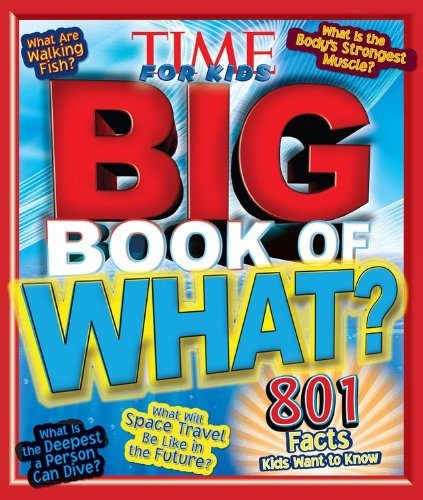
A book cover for TIME for Kids Big Book of What; Editors of TIME For Kids Magazine; Children's Books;